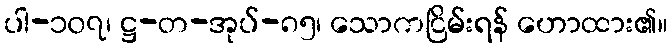
ပါ-၁၀၇၊ ဋ္ဌ-တ-အုပ်-၈၅၊ သောကငြိမ်းရန် ဟောထား၏။